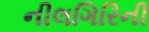
નીલગિરિની